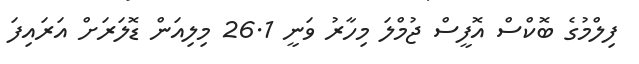
ފިލްމުގެ ބޮކްސް އޮފީސް ޖުމްލަ މިހާރު ވަނީ 26.1 މިލިއަން ޑޮލަރަށް އަރައިފަ